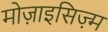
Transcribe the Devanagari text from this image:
मोज़ाइसिज़्म